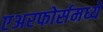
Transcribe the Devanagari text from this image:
एअरफोर्समध्ये